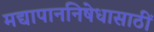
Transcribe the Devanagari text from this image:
मद्यापाननिषेधासाठीं